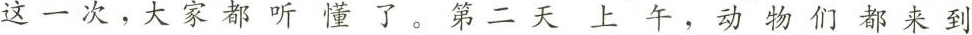
这一次，大家都听懂了。第二天上午，动物们都来到